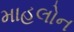
માહલોન